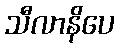
သီလာနိပေ